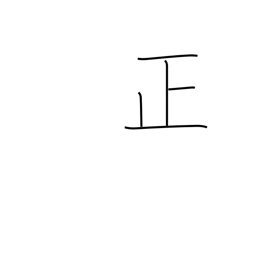
Meaning: righteous